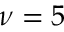
\nu = 5